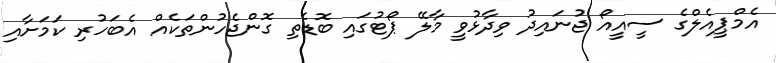
އެމްޕީއެލްގެ ސީއީއޯ ޖުނައިދު ވިދާޅުވީ މާލޭ ޕޯޓުގައި ބޮޑެތި ގޮންޖެހުންތަކެއް އެބަހުރި ކަމަށާއި